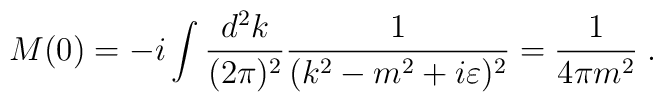
M(0) = -i \int \frac{d^2k}{(2\pi)^2} \frac{1}{(k^2 - m^2 + i  \varepsilon)^2} = \frac{1}{4\pi m^2} \; .